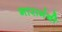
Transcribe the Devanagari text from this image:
गारामंबी